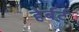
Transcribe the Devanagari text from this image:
हेर्बर्ट